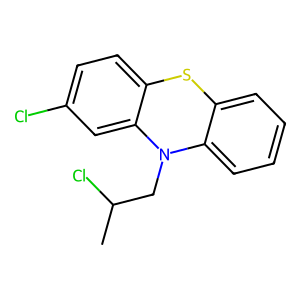
SMILES: CC(Cl)CN1c2ccccc2Sc2ccc(Cl)cc21
Inhibits HIV replication: No